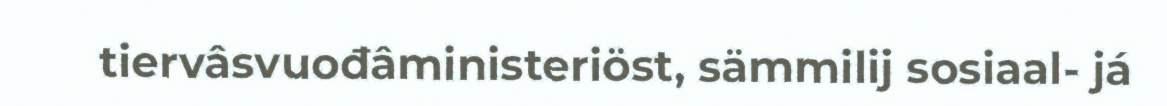
tiervâsvuođâministeriöst, sämmilij sosiaal- já